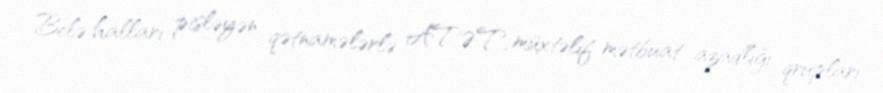
Belə halları pisləyən qətnamələrlə ATƏT, müxtəlif mətbuat azadlığı qrupları